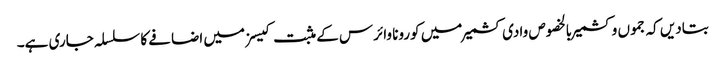
بتادیں کہ جموں وکشمیر بالخصوص وادی کشمیر میں کورونا وائرس کے مثبت کیسز میں اضافے کا سلسلہ جاری ہے۔